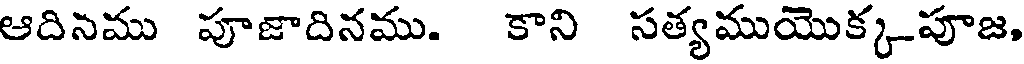
ఆదినము పూజాదినము. కాని సత్యముయొక్కపూజ,